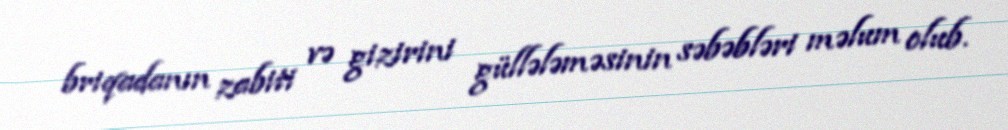
briqadanın zabiti və gizirini güllələməsinin səbəbləri məlum olub.